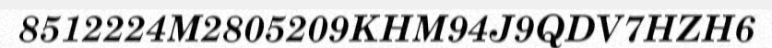
8512224M2805209KHM94J9QDV7HZH6